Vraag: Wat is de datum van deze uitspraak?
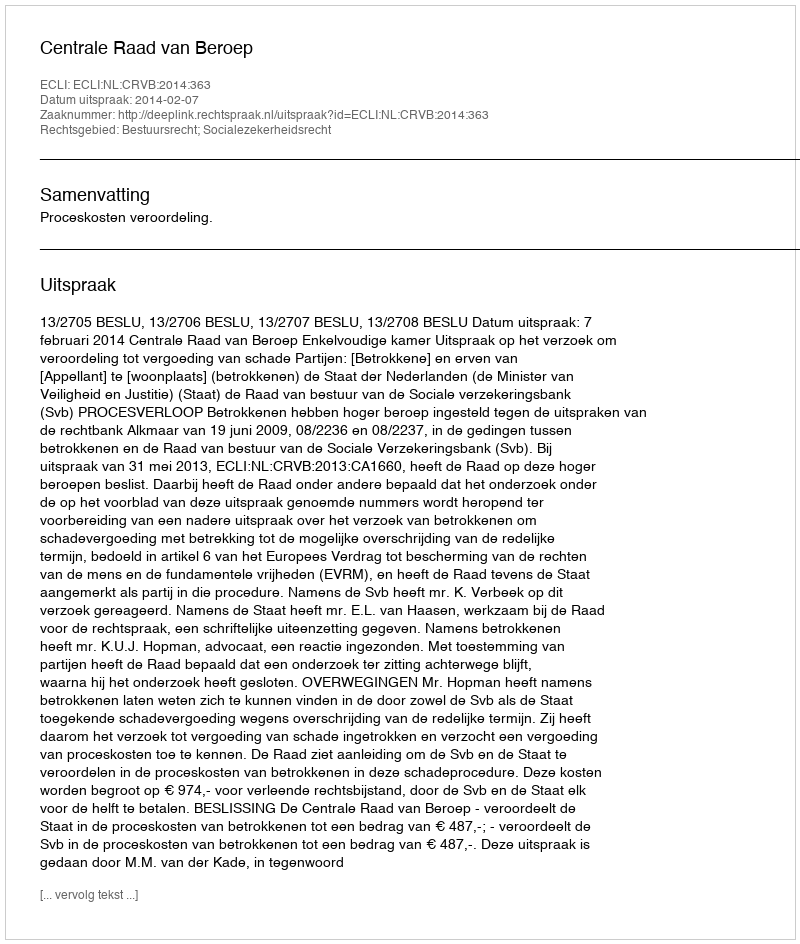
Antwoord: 2014-02-07